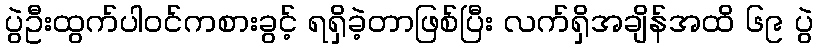
ပွဲဦးထွက်ပါဝင်ကစားခွင့် ရရှိခဲ့တာဖြစ်ပြီး လက်ရှိအချိန်အထိ ၆၉ ပွဲ